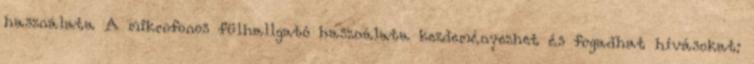
használata A mikrofonos fülhallgató használata kezdeményezhet és fogadhat hívásokat: